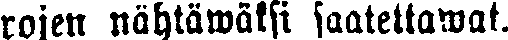
rojen nähtäwäksi saatettawat.